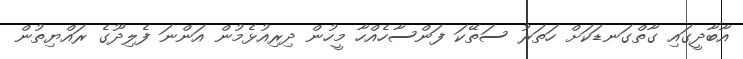
އާބާދީގައި ގާތްގަނޑަކަށް ހަތަރު ސަތޭކަ ފަންސާހެއްހާ މީހުން ދިރިއުޅެމުން އަންނަ ފެލިދޫގެ ރައްޔިތުން